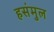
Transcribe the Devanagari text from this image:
हसंमुल